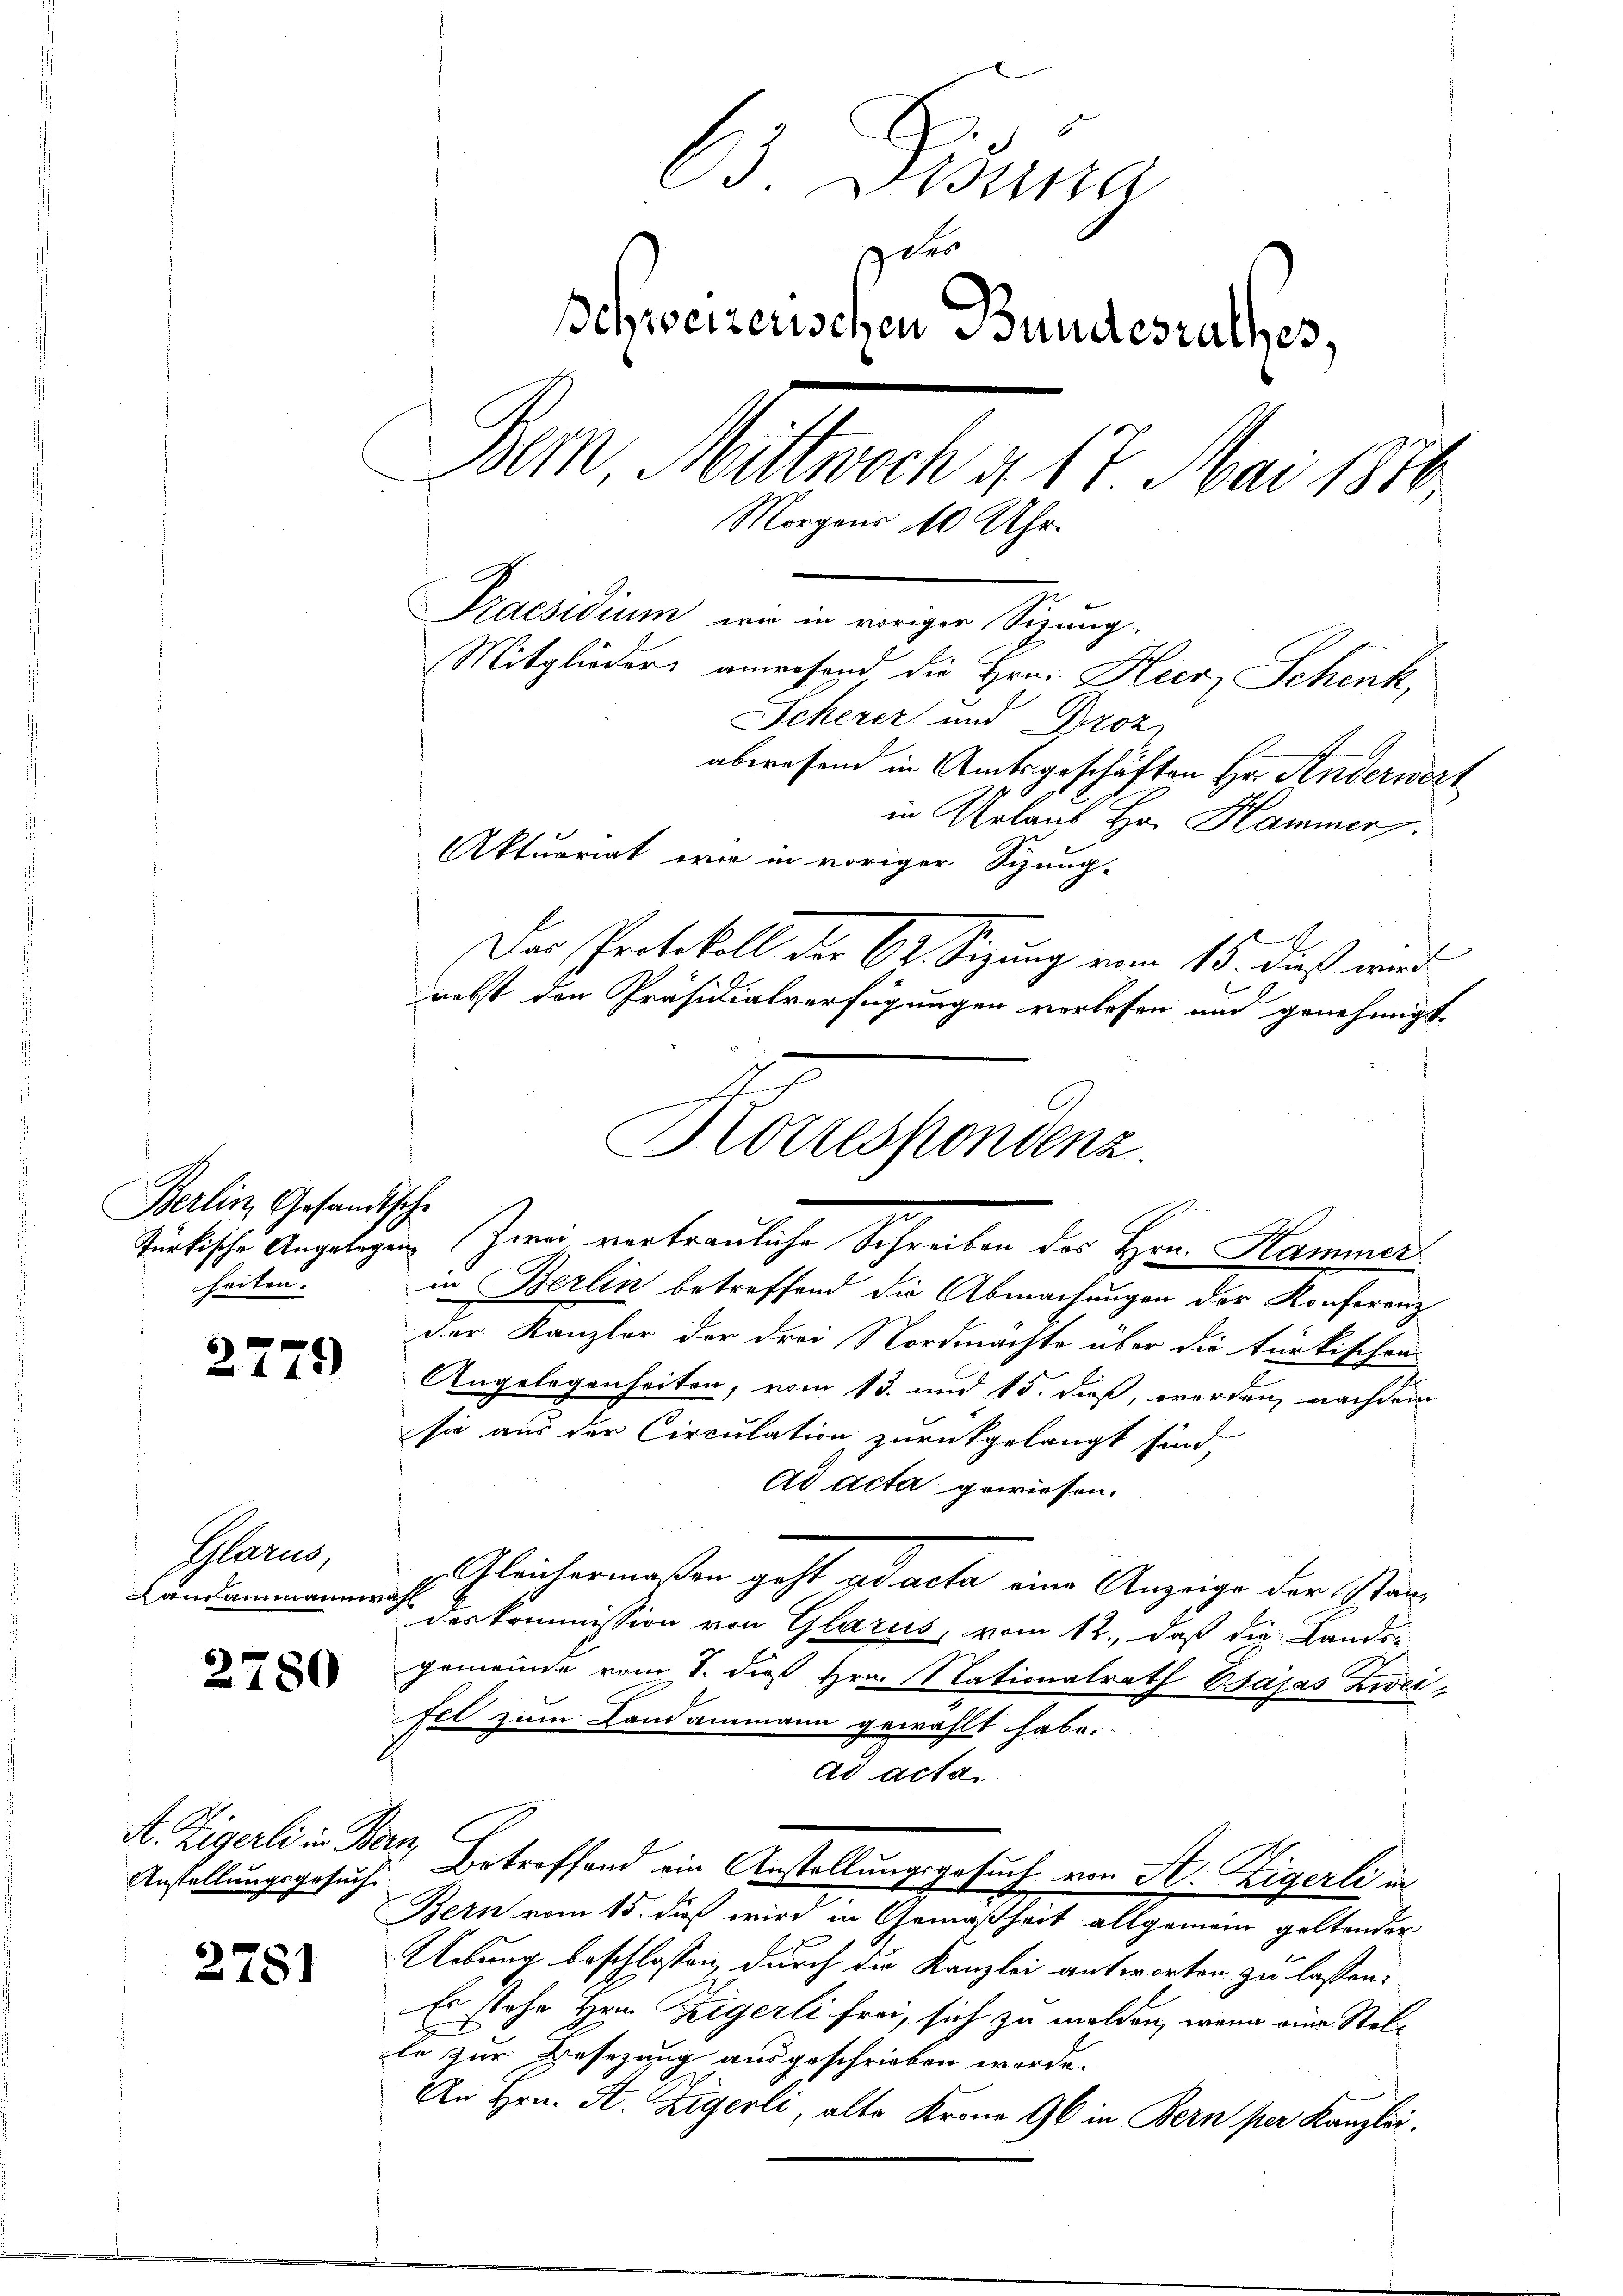
Berlin, Gesandtsiche
heiten. |

2779

Plarus,
Landammanner

2780

A. Zigerli in Bern,

2781

63 Disena
der
schweizerischen Bundesrathes,
Bem Mittwoch d. 17. Mai 1876.
Morgens 10 Uhr.
Praesidium wie in voriger Sizung.
Mitglieders anwesend die Hrn. Hier, Schink,
Scherer und Droz
abwesend in Amtsgeschäften Hr. Anderwert
in Urlaub Hr. Hammer.
Aktuariat wie in voriger Sitzung-

Das Protokoll der 62. Sizung vom 15. dieß wird
nebst den Präsidialverfügungen verlesen und genehmigt
in Berlin betreffend die Abmachungen der Konferenz
der Kanzler der drei Nordmachte über die türkischen
Angelegenheiten, vom 13. und 15. dieß, worden, nachdem
sie aus der Circulation zurückgelangt sind,
Ad Acta gewiesen.
Gleichermaßen geht ad acta eine Anzeige der Stän¬
 des Kommission von Glarus, vom 12., daß die Lands-
gemeinde vom 8. dieß Hrn. Nationalrath Bsájas Zweifel zum Landammann gewählt habe.
ad actai
Anstellungsgesuch. Betreffend ein Anstellungsgesuch von St. Zigerli, in
Bern vom 15. dieß wird in Gemäßheit allgemein geltender
Uebung beschlossen durch die Kanzlei antworten zu lassen.
Es stehe Hrn. Zigerli frei, sich zu melden, wenn eine Stelle zur Besezung ausgeschrieben werde.
An Hrn. A. Zigerli, alte Krone 96 in Bern per Kanzlei.

Korrespondenz.
.
türkische Angelegen Zwei vertrauliche Schreiben des Hrn. Kammer